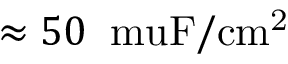
\approx 5 0 \: \mathrm { \ m u F / c m ^ { 2 } }